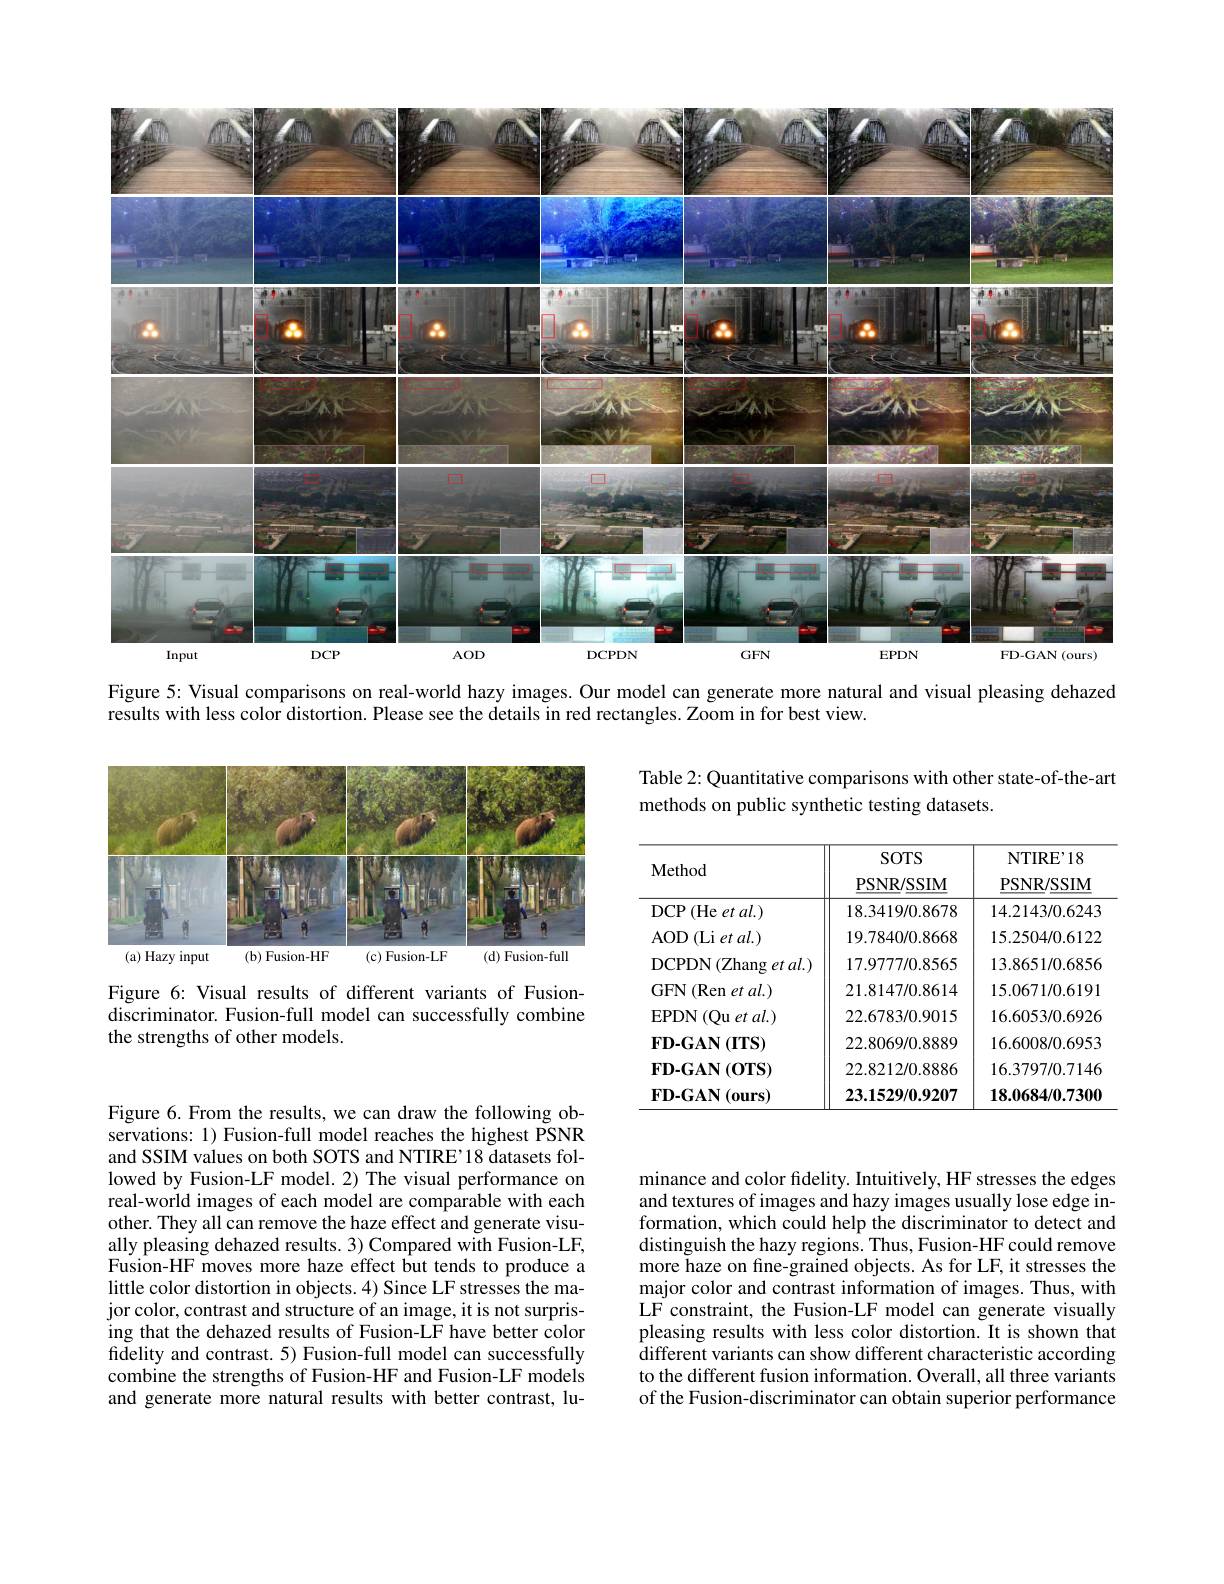
<FigureHere>

Figure 5: Visual comparisons on real-world hazy images. Our model can generate more natural and visual pleasing dehazed

$\tilde{\text{results with less color distortion. Please see the details in red rectangles.Zoom in for best view.}}$

Table 2: Quantitative comparisons with other state-of-the-art
methods on public synthetic testing datasets.

<FigureHere>

<table>
	<tbody>
		<tr>
			<th>$\mathbf{Method}$</th>
			<th>$SOTS$ PSNR/SSIM</th>
			<th>NTIR$E^{\prime }$18 PSNR/ SSIM</th>
		</tr>
		<tr>
			<th>$\mathbf{Method}$</th>
			<th>$SOTS$ PSNR/SSIM</th>
			<th>$\mathrm{NTIRE}^{,}18$ PSNR/SSIM</th>
		</tr>
		<tr>
			<td>(He $et\textit{al. })$ $DCP$</td>
			<td>18.3419/0.8678</td>
			<td>14.2143/0.6243</td>
		</tr>
		<tr>
			<td>$\operatorname{AOD}\left(\operatorname{Li}\textit{et al.}\right)$</td>
			<td>19.7840/0.8668</td>
			<td>15.2504/0.6122</td>
		</tr>
		<tr>
			<td>DCPDN$\left ( \mathrm{Zhang}\right .$ ${\underline {g}}$ $et$ $al. )$</td>
			<td>17.9777/0.8565</td>
			<td>13.8651/0.6856</td>
		</tr>
		<tr>
			<td>GFN (Ren et al.)</td>
			<td>21.8147/0.8614</td>
			<td>15.0671/0.6191</td>
		</tr>
		<tr>
			<td>EPDN $(Quetal.)$ 1</td>
			<td>22.6783/0.9015</td>
			<td>16.6053/0.6926</td>
		</tr>
		<tr>
			<td>$FD-GAN\left(ITS\right)$</td>
			<td>22.8069/0.8889</td>
			<td>16.6008/0.6953</td>
		</tr>
		<tr>
			<td>$FD-GAN(OTS)$</td>
			<td>22.8212/0.8886</td>
			<td>16.3797/0.7146</td>
		</tr>
		<tr>
			<td>$FD-GAN(ours)$</td>
			<td>23.1529/0.9207</td>
			<td>18.0684/0.7300</td>
		</tr>
	</tbody>
</table>

Figure 6: Visual results of different variants of Fusiondiscriminator. Fusion-full model can successfully combine the strengths of other models.

Figure 6. From the results, we can draw the following observations: 1) Fusion-full model reaches the highest PSNR and SSIM values on both SOTS and NTIRE'18 datasets followed by Fusion-LF model. 2) The visual performance on real-world images of each model are comparable with each other. They all can remove the haze effect and generate visually pleasing dehazed results. 3) Compared with Fusion-LF, Fusion-HF moves more haze effect but tends to produce a little color distortion in objects. 4) Since LF stresses the major color, contrast and structure of an image, it is not surprising that the dehazed results of Fusion-LF have better color fidelity and contrast. 5) Fusion-full model can successfully combine the strengths of Fusion-HF and Fusion-LF models and generate more natural results with better contrast, lu-

minance and color fidelity. Intuitively, HF stresses the edges and textures of images and hazy images usually lose edge information, which could help the discriminator to detect and distinguish the hazy regions. Thus, Fusion-HF could remove more haze on fine-grained objects. As for LF, it stresses the major color and contrast information of images. Thus, with LF constraint, the Fusion-LF model can generate visually pleasing results with less color distortion. It is shown that $\tilde{\text{different variants can show different characteristic according}}$ to the different fusion information. Overall, all three variants of the Fusion-discriminator can obtain superior performance